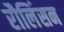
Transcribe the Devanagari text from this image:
रौलिंसन